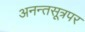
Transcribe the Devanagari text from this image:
अनन्तसूत्रपर